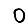
Digit: 0